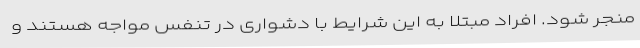
منجر شود. افراد مبتلا به این شرایط با دشواری در تنفس مواجه هستند و